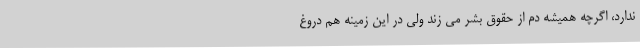
ندارد، اگرچه همیشه دم از حقوق بشر می زند ولی در این زمینه هم دروغ